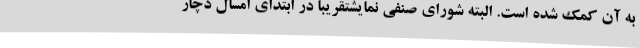
به آن کمک شده است. البته شورای صنفی نمایشتقریباً در ابتدای امسال دچار